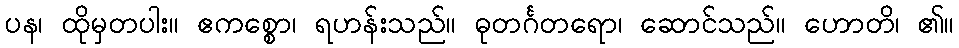
ပန၊ ထိုမှတပါး။ ဧကစ္စော၊ ရဟန်းသည်။ ဓုတင်္ဂတရော၊ ဆောင်သည်။ ဟောတိ၊ ၏။